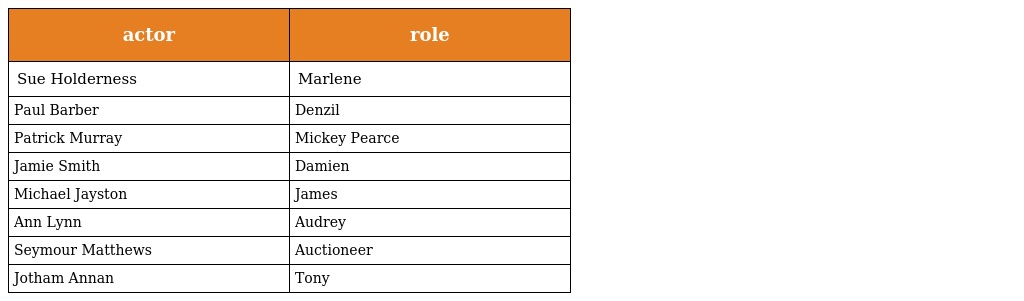
| actor | role |
 | --- | --- |
 | Sue Holderness | Marlene |
 | Paul Barber | Denzil |
 | Patrick Murray | Mickey Pearce |
 | Jamie Smith | Damien |
 | Michael Jayston | James |
 | Ann Lynn | Audrey |
 | Seymour Matthews | Auctioneer |
 | Jotham Annan | Tony |